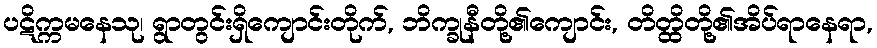
ပဋိက္ကမနေသု၊ ရွာတွင်းရှိကျောင်းတိုက်, ဘိက္ခုနီတို့၏ကျောင်း, တိတ္ထိတို့၏အိပ်ရာနေရာ,